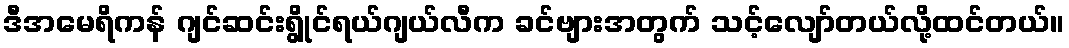
ဒီအမေရိကန် ဂျင်ဆင်းရွိုင်ရယ်ဂျယ်လီက ခင်ဗျားအတွက် သင့်လျော်တယ်လို့ထင်တယ်။